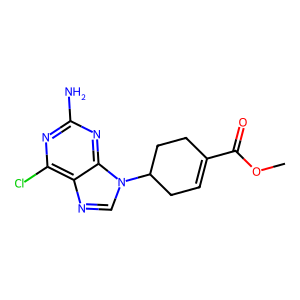
SMILES: COC(=O)C1=CCC(n2cnc3c(Cl)nc(N)nc32)CC1
Inhibits HIV replication: No